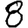
Digit: 8